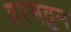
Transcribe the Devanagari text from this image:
हरमट्टन